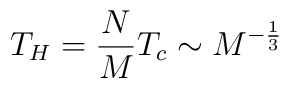
T_H = \frac{N}{M} T_c \sim M^{- \frac{1}{3}}